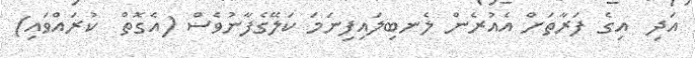
އަދި  އިގެ ފަރާތަށް އެއުރެން ލެނބިލައިފިނަމަ ކަލޭގެފާނުވެސް (އެގޮތް  ކުރައްވައި)